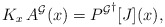
\begin{align*}K_x \, A^{\cal G}(x) = {P^{\cal G}}^\dagger[J](x),\end{align*}